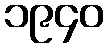
၁၉၄၀